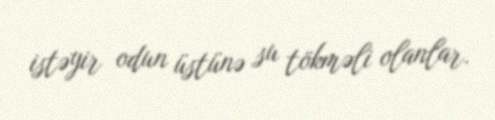
istəyir odun üstünə su tökməli olanlar.